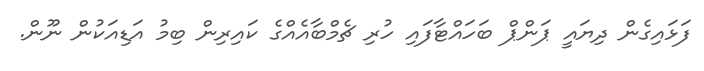
ފަޅައިގެން ދިޔައީ ޕަންޕް ބަހައްޓާފައި ހުރި ޗެމްބާއެއްގެ ކައިރިން ބިމު އަޑިއަކުން ނޫން.